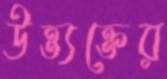
উত্ত্যক্তের